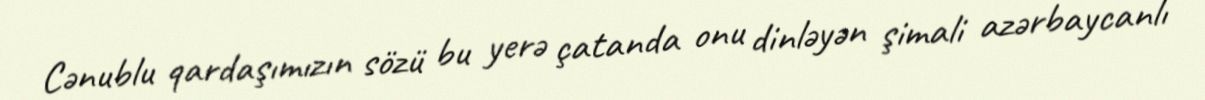
Cənublu qardaşımızın sözü bu yerə çatanda onu dinləyən şimali azərbaycanlı